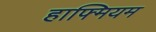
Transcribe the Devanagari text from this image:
हाफ्मियम